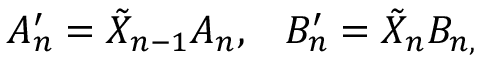
A _ { n } ^ { \prime } = \tilde { X } _ { n - 1 } A _ { n } , \; \; \; B _ { n } ^ { \prime } = \tilde { X } _ { n } B _ { n , } \; \; \;